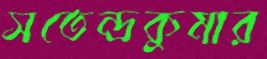
সতেন্দ্রকুমার